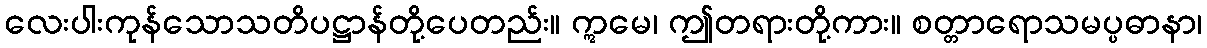
လေးပါးကုန်သောသတိပဋ္ဌာန်တို့ပေတည်း။ ဣမေ၊ ဤတရားတို့ကား။ စတ္တာရောသမပ္ပဓာနာ၊